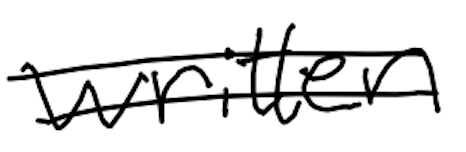
Text: written
Cross-out: double-line
Writing tool: digital_black